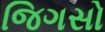
જિગસો